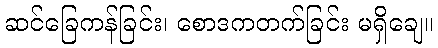
ဆင်ခြေကန်ခြင်း၊ စောဒကတက်ခြင်း မရှိချေ။